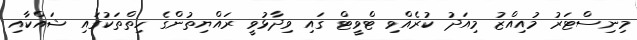
މިނިސްޓަރު މުއިއްޒު މިއަދު ކުރެއްވި ޓްވީޓް ގައި ވިދާޅުވީ ރައްޔިތުންގެ ހިތްތަކުގައި ޝައްކާއި